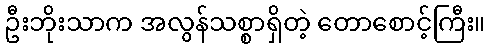
ဦးဘိုးသာက အလွန်သစ္စာရှိတဲ့ တောစောင့်ကြီး။